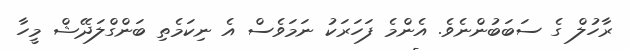
ރާހުލް ގެ ސަބަބުންނެވެ. އެންމެ ފަހަރަކު ނަމަވެސް އެ ނިކަމެތި ބަންގްލަދޭޝް މީހާ